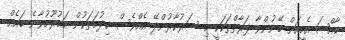
ޚާއްޞަ އެހީއަށް ބޭނުންވާ ފަރާތްތަކަކީ މި ސަރުކާރުންދޭ އެއްވެސް ޚިދުމަތަކުން މަޙުރޫމުވާނެ ބައެއް